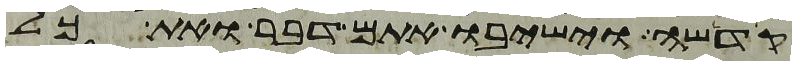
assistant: קדשה וישיבו אתם דבר ואת כל